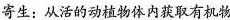
寄生：从活的动植物体内获取有机物